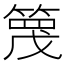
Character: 𥱡